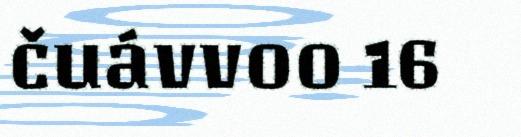
čuávvoo 16